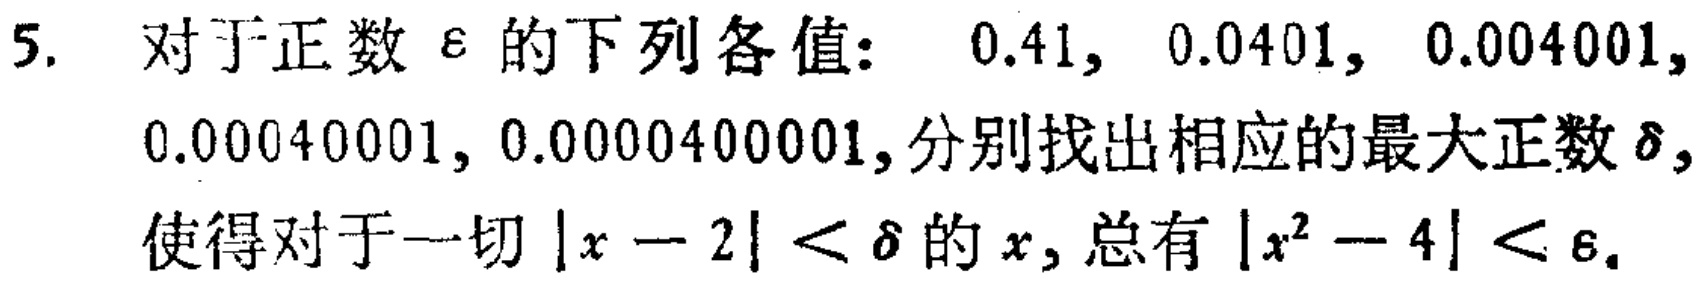
5. 对于正数$\varepsilon$的下列各值：$0.41$，$0.0401$，$0.004001$，$0.00040001$，$0.0000400001$，分别找出相应的最大正数$\delta$，使得对于一切$|x - 2| < \delta$的$x$，总有$|x^{2} - 4| < \varepsilon$。